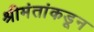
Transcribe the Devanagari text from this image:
श्रीमंतांकडून